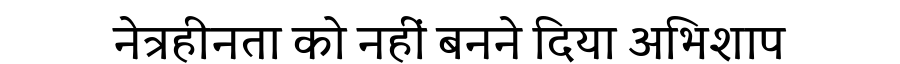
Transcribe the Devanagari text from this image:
नेत्रहीनता को नहीं बनने दिया अभिशाप